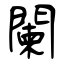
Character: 闌